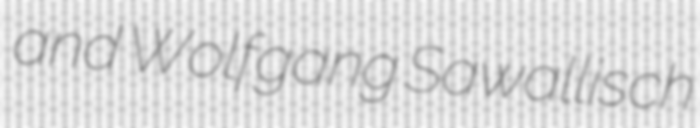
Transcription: and Wolfgang Sawallisch